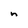
Character: n